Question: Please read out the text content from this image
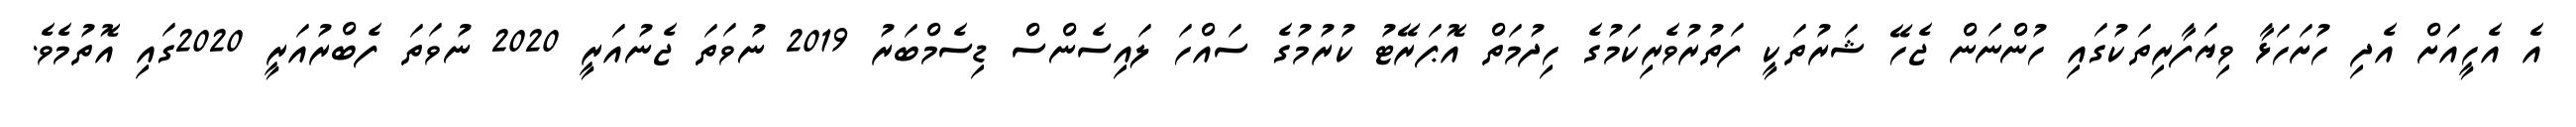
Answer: އެ އެހީއަށް އެދި ހުށަހަޅާ ވިޔަފާރިތަކުގައި ހުންނަން ޖެހޭ ޝަރުތަކީ ފަތުރުވެރިކަމުގެ ހިދުމަތް އޮޕަރޭޓު ކުރުމުގެ ސައްހަ ލައިސެންސް ޑިސެމްބަރު 2019 ނުވަތަ ޖެނުއަރީ 2020 ނުވަތަ ފެބްރުއަރީ 2020ގައި އޮތުމެވެ.